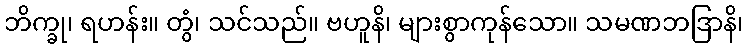
ဘိက္ခု၊ ရဟန်း။ တွံ၊ သင်သည်။ ဗဟူနိ၊ များစွာကုန်သော။ သမဏဘဒြာနိ၊